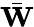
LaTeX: \bar{\mathbf W}